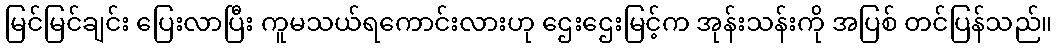
မြင်မြင်ချင်း ပြေးလာပြီး ကူမသယ်ရကောင်းလားဟု ဌေးဌေးမြင့်က အုန်းသန်းကို အပြစ် တင်ပြန်သည်။